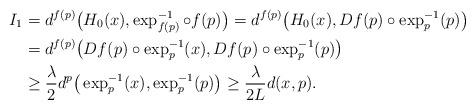
LaTeX: \begin{align*}I_1&=d^{f(p)}\big(H_0(x),\exp_{f(p)}^{-1}\circ f(p)\big)=d^{f(p)}\big(H_0(x),Df(p)\circ \exp_p^{-1}(p)\big)\\&=d^{f(p)}\big(Df(p)\circ \exp_p^{-1}(x),Df(p)\circ \exp_p^{-1}(p)\big)\\&\geq \frac{\lambda}{2}d^{p}\big(\exp_p^{-1}(x),\exp_p^{-1}(p)\big)\geq \frac{\lambda}{2L}d(x,p).\end{align*}